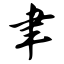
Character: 聿